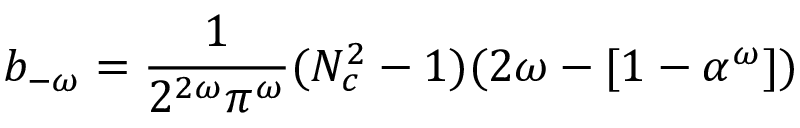
b _ { - \omega } = \frac { 1 } { 2 ^ { 2 \omega } \pi ^ { \omega } } ( N _ { c } ^ { 2 } - 1 ) ( 2 \omega - [ 1 - \alpha ^ { \omega } ] )